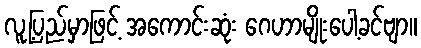
လူ့ပြည်မှာဖြင့် အကောင်းဆုံး ဂေဟာမျိုးပေါ့ခင်ဗျာ။